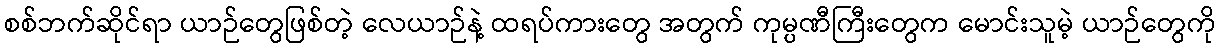
စစ်ဘက်ဆိုင်ရာ ယာဉ်တွေဖြစ်တဲ့ လေယာဉ်နဲ့ ထရပ်ကားတွေ အတွက် ကုမ္ပဏီကြီးတွေက မောင်းသူမဲ့ ယာဉ်တွေကို